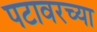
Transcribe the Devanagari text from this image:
पटावरच्या